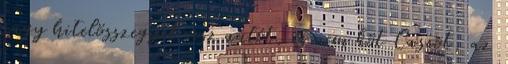
nagy hitelösszeggel vesz autót, és nem köt Cascot, az